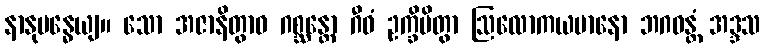
နာနုဗန္ဓေယျ။ သော အဇာနိတွာဝ ဂစ္ဆန္တော ဂီဝံ ဥက္ခိပိတွာ ဩလောကယမာနော ဘဂဝန္တံ အဒ္ဒသ